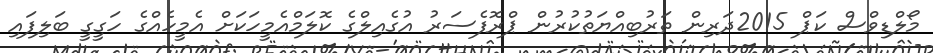
މޯލްޑިވްސް ކަޕް 2015ދަރިން ތަރުބިއްޔަތުކުރުން ޕްރޮފެސަރު އުގެއިލްގެ ކޮލަމްއެމީހަކަށް އެމީހެއްގެ ހަގީގީ ބަލިފައި